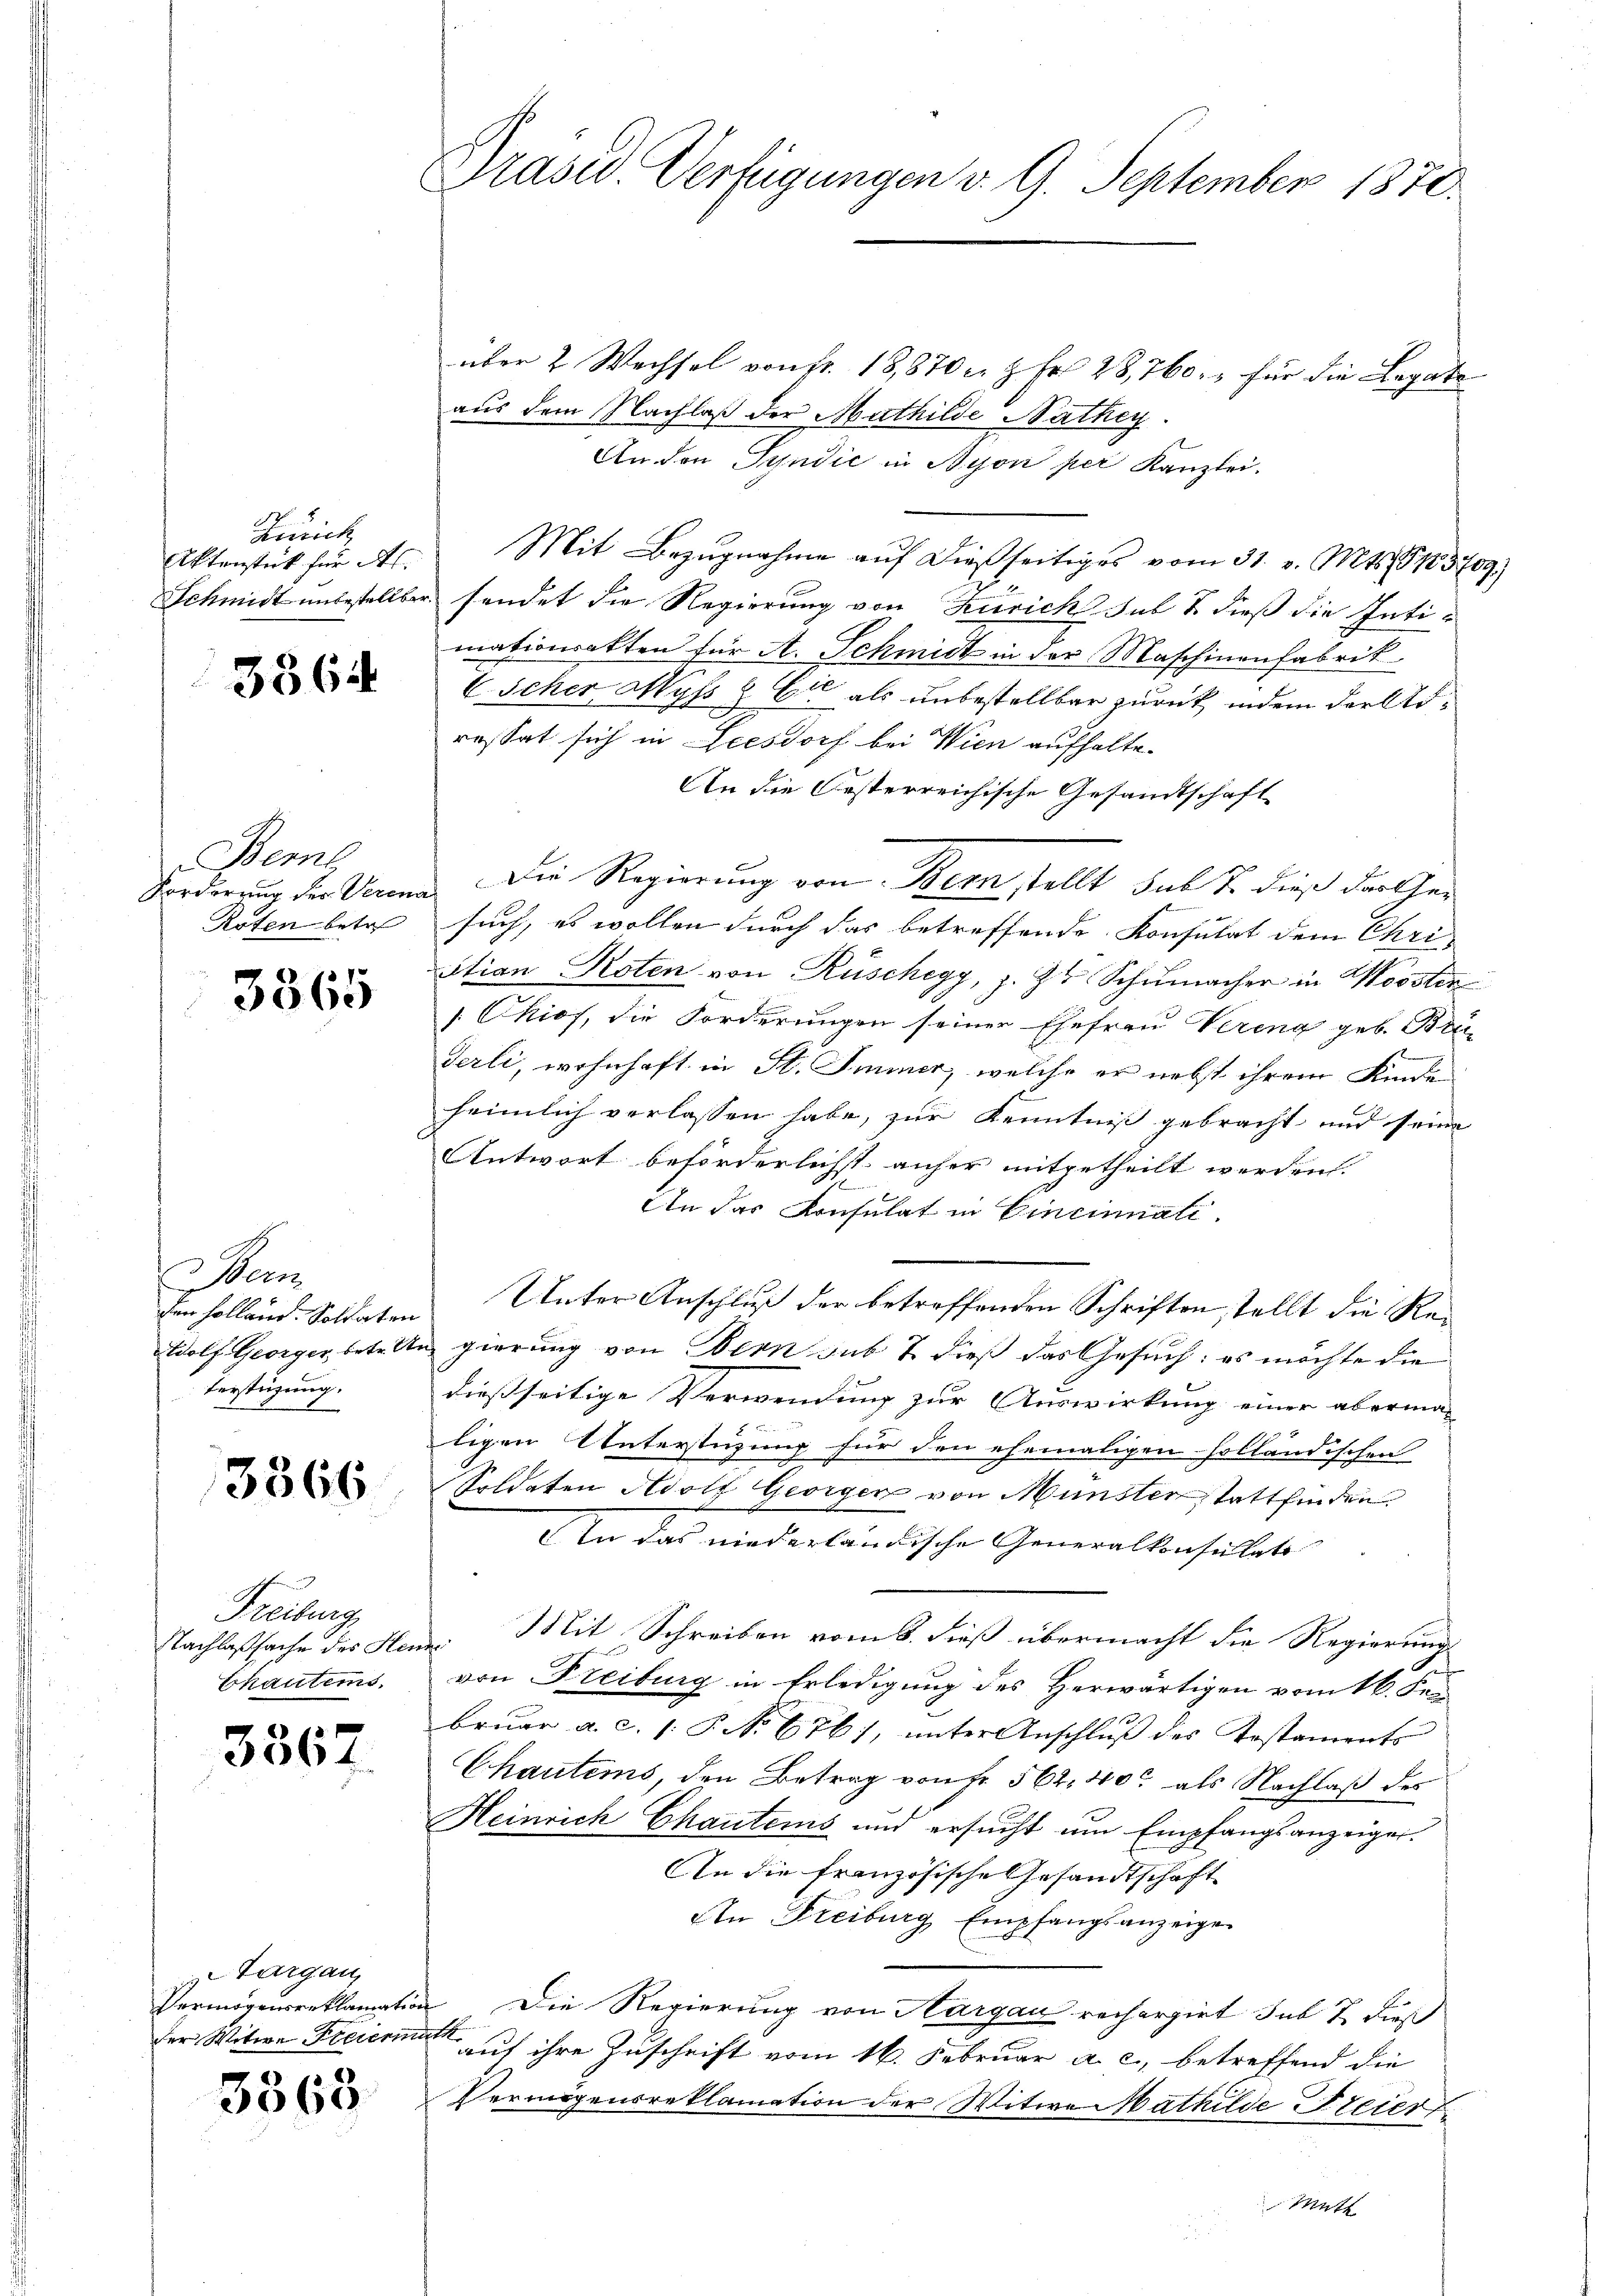
Zürich
Aktenstück für des
Schmidt unbestellbar.

3364

Beml.
Vorderung der Verena
Roten betr

3365

Men
den Holland. Soldaten
dolf Georger, betr. U
terstüzung.

3366

Freiburg,
Nachlaßsache des Hen
bhautems.

3567

Targau,
Vermögenserklamation
der Witwe Freierna

3368

Präsid. Verfügungen v. 9. September 1870.

über 2 Wechsel von Fr. 18,870 n 2 Fr. 28,760, für die Legate
aus dem Nachlaß der Muthilde Nathey
An den Syndić in Nyon per Kanzlei.
Mit Bezugnahme auf dießseitiges vom 31. v. Mts. G13709)
sendet die Regierung von Zürich Jul T. dieß die Intimationsakten für A. Schmidt in der Maschinenfabrik
V. Scher Myss & Cie als unbestellbar zurück, indem der Arressat sich in Geesdorf bei Wien aufhalte.
An die Oesterreichische Gesandtschaft
Die Regierung von Bern stellt sub T. dieß der Gesuch, es wollen durch das betreffende Konsulat dem Chri-
Stian Roten von Rüschegg, z. Zu Schumacher in Wossten
Ckiof, die Forderungen seiner Ehefrau Vereng geb. Bru
Terli, wohnhaft in St. Immer, welche er nebst ihrem Kinde
heimlich verlassen habe, zur Kenntniß gebracht und seine
Antwort beförderlichst anher mitgetheilt werden. |
An das Konsulat in Cincinali
Unter Anschluß der betreffenden Schriften stellt die Repierung von bern sub & dieß das Gesuch: es möchte die
dießseitige Verwendung zur Auswirkung einer aberma-
ligen Unterstüzung für den ehemaligen solländischen
Soldaten Adolf Georgen von Münster stattfinden.
In das niederländische Generalkonsulat
Mit Schreiben vom 6. dieß übermacht die Regierung
c
von Freiburg in Erledigung des Herwärtigen vom 16. Fen
bruar a.c. (: P. No 676), unter Anschluß des Kostaments
Chautems, den Betrag von Fr. 562. 400 als Nachlaß des
Heinrich Chautens und ersucht um Empfangsanzeiger.
An die französische Gesandtschaft
An Freiburg Empfangsanzeige
Die Regierung von Hargau recherzirt sub T. dieß
.
auf ihre Zuschrift vom 16. Februar a. c., betreffend die
Vervorgensreklamation der Witwe Mathilde Freier
Mutt